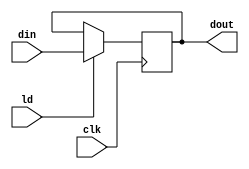
`timescale 1ns / 1ps

/************************* Register Module for data of A **********************/

module PIPO1(
    input [15:0] din,
    input ld,
    input clk,
    output reg [15:0] dout
    );

always@(posedge clk)

    if(ld)
            dout<= din;

endmodule

/************************* Register Module for data of P **********************/

module PIPO2(
    input [15:0] din,
    input ld,
     input clr,
    input clk,
    output reg [15:0] dout
    );

always@(posedge clk)

    if(clr)
            dout<= 16'b0;
            
    else if (ld)     
            dout<= din;

endmodule

/************************* Adder module for (A+P) **********************/

module ADD (out,in1,in2);
input [15:0] in1,in2;
output reg [15:0] out;

always@(*)
        out = in1 + in2 ;
        
endmodule

/*********** Comparator module for checking if B = zero or not ***************/

module EQZ (eqz,data);
input [15:0] data;
output eqz;

assign eqz = (data == 0); // eqz is assigned '1' , if data is equal to '0' //

endmodule

/************************* Down-counter module for B **********************/
module CNTR (
    input [15:0] din,
    input ld,
    input dec,
    input clk,
    output reg [15:0] dout
    );

always@(posedge clk)
        
        if(ld)              // if load is active, load data into register of B //
            dout<= din;
                
        else if(dec)       // If decrement signal is active, then decrement value of B //
            dout <= dout-1;
            
endmodule